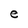
Character: e